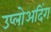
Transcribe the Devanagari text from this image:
उप्लोअदिंग